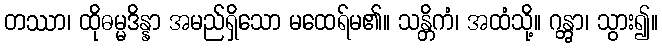
တဿာ၊ ထိုဓမ္မဒိန္နာ အမည်ရှိသော မထေရ်မ၏။ သန္တိကံ၊ အထံသို့။ ဂန္တွာ၊ သွား၍။